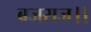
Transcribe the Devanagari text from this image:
ब्रजराज।।